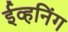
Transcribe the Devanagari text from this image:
ईव्हनिंग